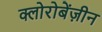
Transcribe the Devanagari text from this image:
क्लोरोबेंज़ीन